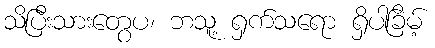
သိပြီးသားတွေပ၊ ဘသူ့ ရှက်သရော ရှိပါခြိမ့်